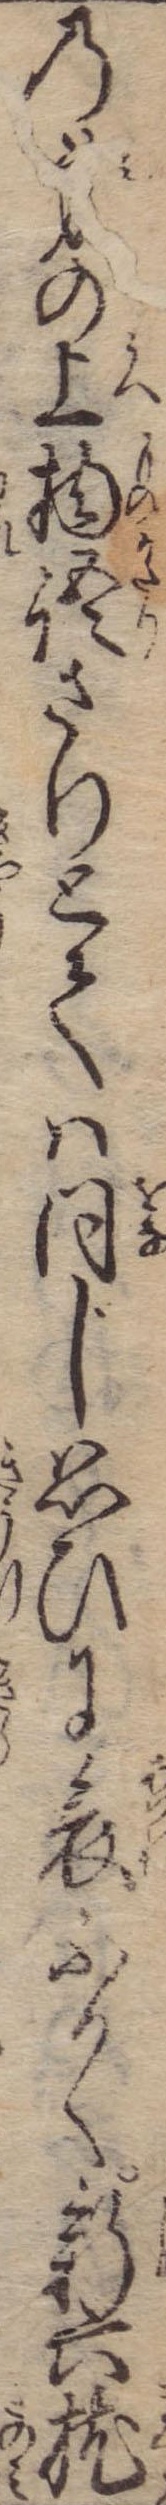
の身の上物語さりとては同じ思ひに哀ふかく新六枕